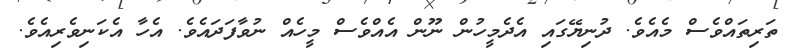
ތަރިތައްވެސް މެއެވެ. ދުނިޔޭގައި އެދެމީހުން ނޫން އެއްވެސް މީހެއް ނުވާފަދައެވެ. އެހާ އެކަނިވެރިއެވެ.